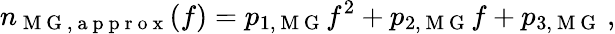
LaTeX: n_{\mathrm{~M~G~,~a~p~p~r~o~x~}}(f)=p_{1,\mathrm{~M~G~}}f^{2}+p_{2,\mathrm{~M~G~}}f+p_{3,\mathrm{~M~G~}}\, ,